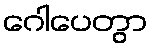
ဂေါပေတွာ